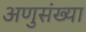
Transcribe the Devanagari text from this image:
अणुसंख्या